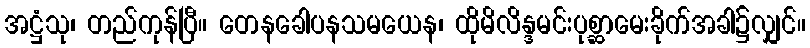
အဋ္ဌံသု၊ တည်ကုန်ပြီ။ တေနခေါပနသမယေန၊ ထိုမိလိန္ဒမင်းပုစ္ဆာမေးခိုက်အခါ၌လျှင်။